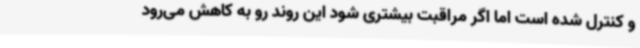
و کنترل شده است اما اگر مراقبت بیشتری شود این روند رو به کاهش می‌رود